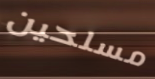
مسلحين